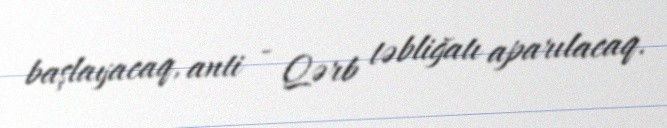
başlayacaq, anti - Qərb təbliğatı aparılacaq.